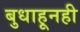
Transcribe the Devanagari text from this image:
बुधाहूनही